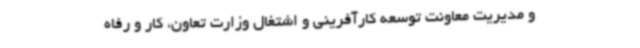
و مدیریت معاونت توسعه کارآفرینی و اشتغال وزارت تعاون، کار و رفاه